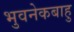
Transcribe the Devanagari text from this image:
भुवनेकबाहु